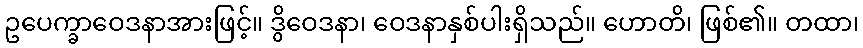
ဥပေက္ခာဝေဒနာအားဖြင့်။ ဒွိဝေဒနာ၊ ဝေဒနာနှစ်ပါးရှိသည်။ ဟောတိ၊ ဖြစ်၏။ တထာ၊